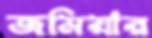
জমিয়ার